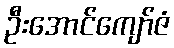
ဦးအောင်ကျော်ဇံ